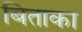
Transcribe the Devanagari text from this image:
बिताका